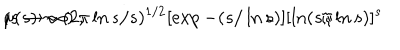
\mu ( s ) \sim ( 2 \pi \ln s / s ) ^ { 1 / 2 } [ \exp - ( s / \ln s ) ] [ \ln ( s / \ln s ) ] ^ { s } \hspace { 2 c m } ( s \rightarrow \infty ) \ ,